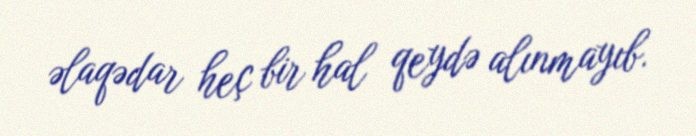
əlaqədar heç bir hal qeydə alınmayıb.